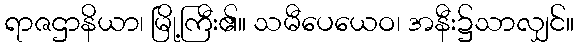
ရာဇဌာနိယာ၊ မြို့ကြီး၏။ သမီပေယေဝ၊ အနီး၌သာလျှင်။